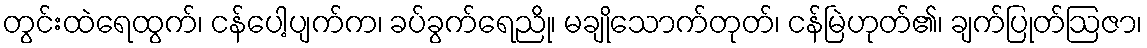
တွင်းထဲရေထွက်၊ ငန်ပေါ့ပျက်က၊ ခပ်ခွက်ရေညို၊ မချိုသောက်တုတ်၊ ငန်မြဲဟုတ်၏၊ ချက်ပြုတ်ဩဇာ၊